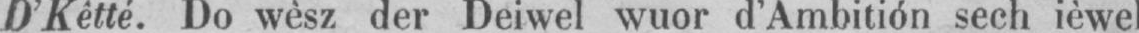
D’Kêtté. Do wèsz der Deiwel wuor d’Ambitión sech ièwe